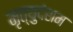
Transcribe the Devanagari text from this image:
मृत्युदंशम